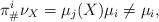
LaTeX: \begin{align*}\pi^i_{\#}\nu_X = \mu_j(X) \mu_i \neq \mu_i,\end{align*}